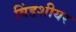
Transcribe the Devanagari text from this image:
विंडशीयर